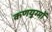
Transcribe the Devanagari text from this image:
कणयुग्मों